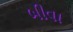
બીવા